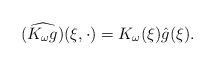
LaTeX: \begin{align*}(\widehat{K_\omega g}) ( \xi, \cdot) = K_\omega(\xi) \hat g(\xi) . \end{align*}